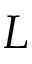
L